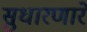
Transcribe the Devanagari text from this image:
सुधारणारे